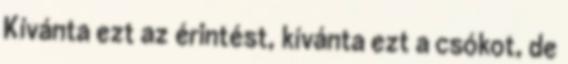
Kívánta ezt az érintést, kívánta ezt a csókot, de